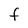
Character: F